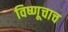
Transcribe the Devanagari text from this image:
विष्णूचाच